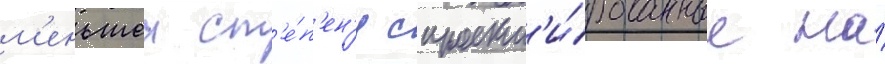
м'еньшеи ст'е́п'ен'и спроект'и́рованные на́